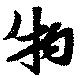
物